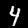
Digit: 4